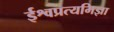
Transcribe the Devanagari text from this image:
ईश्वप्रत्यमिज्ञा